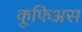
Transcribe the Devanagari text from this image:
कूफिअस